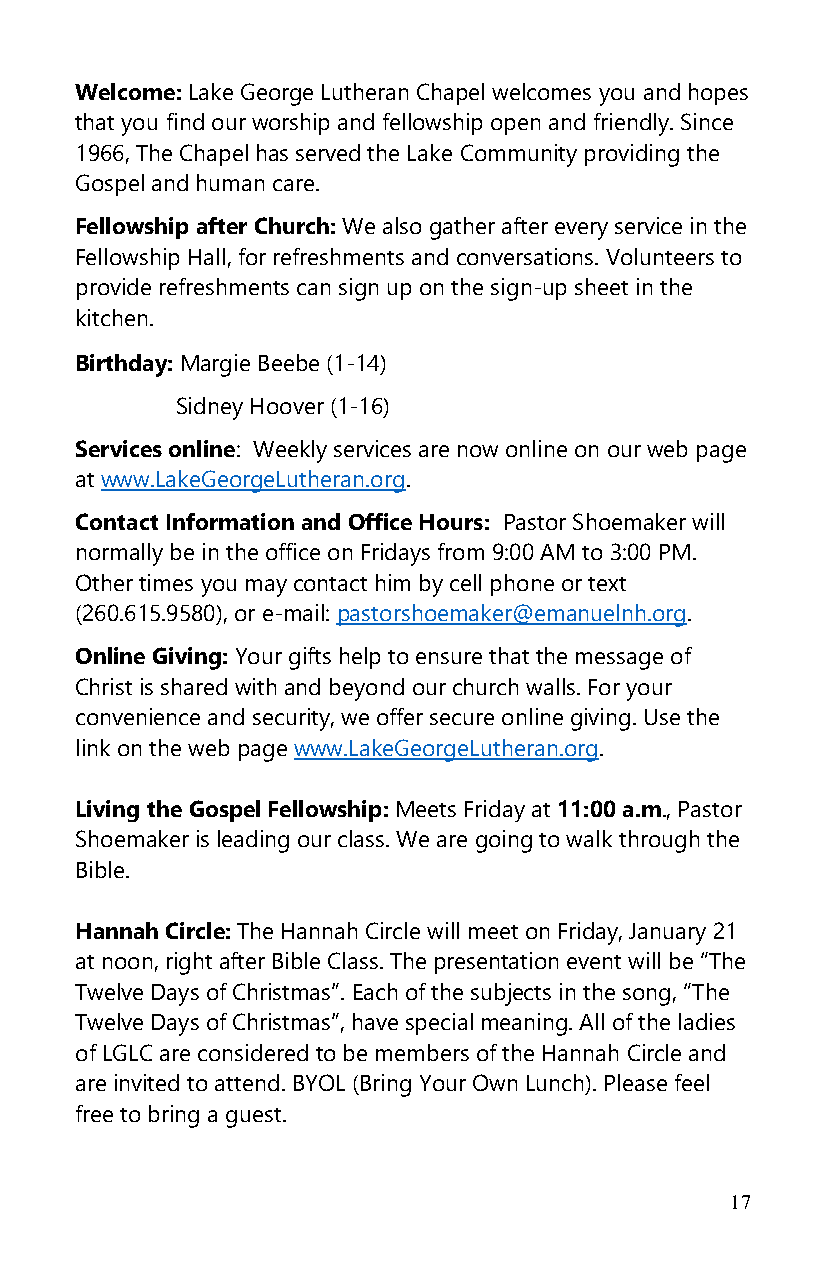
Welcome: Lake George Lutheran Chapel welcomes you and hopes
 that you find our worship and fellowship open and friendly. Since
 1966, The Chapel has served the Lake Community providing the
 Gospel and human care.
 Fellowship after Church: We also gather after every service in the
 Fellowship Hall, for refreshments and conversations. Volunteers to
 provide refreshments can sign up on the sign-up sheet in the
 kitchen.
 Birthday: Margie Beebe (1-14)
 Sidney Hoover (1-16)
 Services online: Weekly services are now online on our web page
 at www.LakeGeorgeLutheran.org.
 Contact Information and Office Hours: Pastor Shoemaker will
 normally be in the office on Fridays from 9:00 AM to 3:00 PM.
 Other times you may contact him by cell phone or text
 (260.615.9580), or e-mail: pastorshoemaker@emanuelnh.org.
 Online Giving: Your gifts help to ensure that the message of
 Christ is shared with and beyond our church walls. For your
 convenience and security, we offer secure online giving. Use the
 link on the web page www.LakeGeorgeLutheran.org.
 Living the Gospel Fellowship: Meets Friday at 11:00 a.m., Pastor
 Shoemaker is leading our class. We are going to walk through the
 Bible.
 Hannah Circle: The Hannah Circle will meet on Friday, January 21
 at noon, right after Bible Class. The presentation event will be “The
 Twelve Days of Christmas”. Each of the subjects in the song, “The
 Twelve Days of Christmas”, have special meaning. All of the ladies
 of LGLC are considered to be members of the Hannah Circle and
 are invited to attend. BYOL (Bring Your Own Lunch). Please feel
 free to bring a guest.
 17